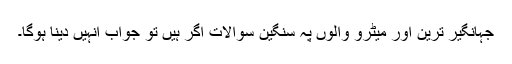
جہانگیر ترین اور میٹرو والوں پہ سنگین سوالات اگر ہیں تو جواب انہیں دینا ہوگا۔